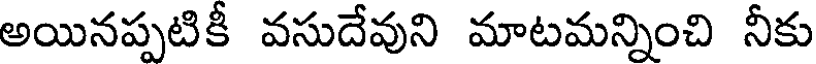
అయినప్పటికీ వసుదేవుని మాటమన్నించి నీకు